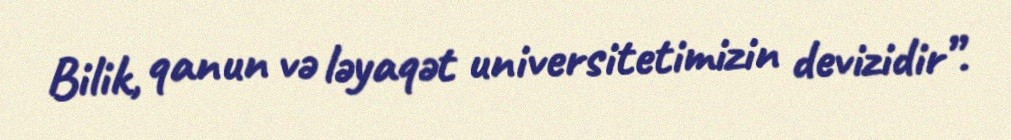
Bilik, qanun və ləyaqət universitetimizin devizidir”.